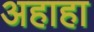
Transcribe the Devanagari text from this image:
अहाहा